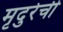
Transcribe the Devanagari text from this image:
मृदुरेची